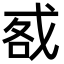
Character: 㦴